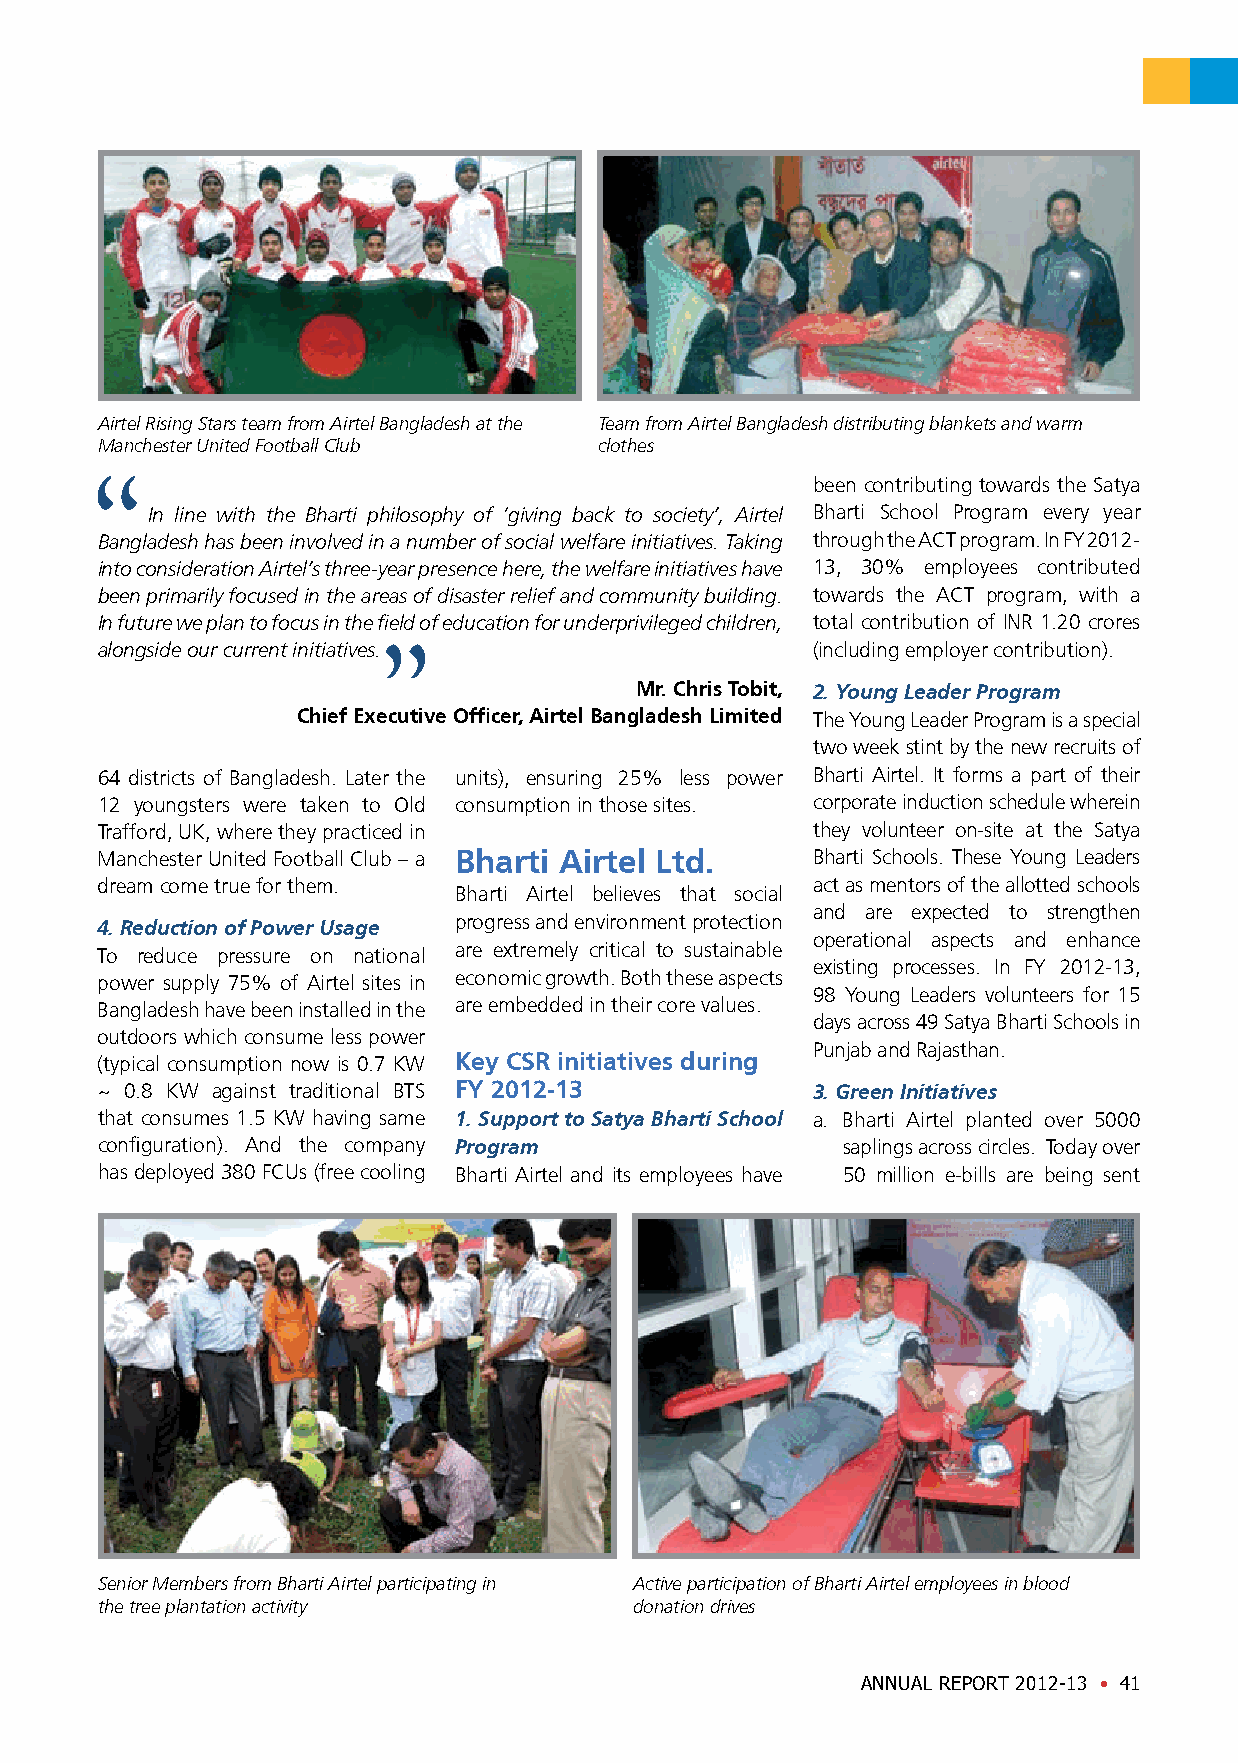
Airtel Rising Stars team from Airtel Bangladesh at the Team from Airtel Bangladesh distributing blankets and warm
 Manchester United Football Club   clothes
 been contributing towards the Satya
 In line with the Bharti philosophy of ‘giving back to society’, Airtel Bharti School Program every year
 Bangladesh has been involved in a number of social welfare initiatives. Taking through the ACT program. In FY 2012-
 into consideration Airtel’s three-year presence here, the welfare initiatives have 13, 30% employees contributed
 been primarily focused in the areas of disaster relief and community building. towards the ACT program, with a
 In future we plan to focus in the field of education for underprivileged children, total contribution of INR 1.20 crores
 alongside our current initiatives.              (including employer contribution).
 Mr. Chris Tobit, 2. Young Leader Program
 Chief Executive Officer, Airtel Bangladesh Limited The Young Leader Program is a special
 two week stint by the new recruits of
 64 districts of Bangladesh. Later the units), ensuring 25% less power Bharti Airtel. It forms a part of their
 12 youngsters were taken to Old consumption in those sites. corporate induction schedule wherein
 Trafford, UK, where they practiced in           they volunteer on-site at the Satya
 Manchester United Football Club – a Bharti Airtel Ltd. Bharti Schools. These Young Leaders
 dream come true for them.                       act as mentors of the allotted schools
 Bharti Airtel believes that social
 and are expected to strengthen
 progress and environment protection
 4. Reduction of Power Usage
 operational aspects and enhance
 To reduce pressure on national are extremely critical to sustainable
 existing processes. In FY 2012-13,
 power supply 75% of Airtel sites in economic growth. Both these aspects
 98 Young Leaders volunteers for 15
 Bangladesh have been installed in the are embedded in their core values.
 days across 49 Satya Bharti Schools in
 outdoors which consume less power
 Punjab and Rajasthan.
 (typical consumption now is 0.7 KW Key CSR initiatives during
 ~ 0.8 KW against traditional BTS FY 2012-13     3. Green Initiatives
 that consumes 1.5 KW having same 1. Support to Satya Bharti School a. Bharti Airtel planted over 5000
 configuration). And the company Program           saplings across circles. Today over
 has deployed 380 FCUs (free cooling Bharti Airtel and its employees have 50 million e-bills are being sent
 Senior Members from Bharti Airtel participating in Active participation of Bharti Airtel employees in blood
 the tree plantation activity        donation drives
 ANNUAL REPORT 2012-13 • 41